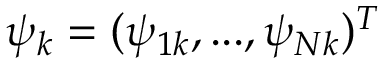
\psi _ { k } = ( \psi _ { 1 k } , . . . , \psi _ { N k } ) ^ { T }